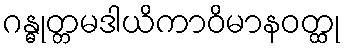
ဂန္ဓုတ္တမဒါယိကာဝိမာနဝတ္ထု